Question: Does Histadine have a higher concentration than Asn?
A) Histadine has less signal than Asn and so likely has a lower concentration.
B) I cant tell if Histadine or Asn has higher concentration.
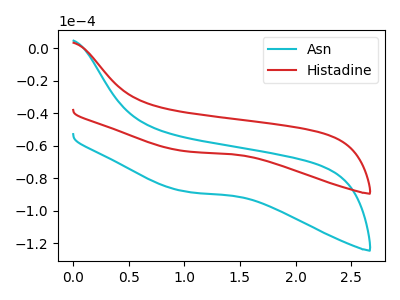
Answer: <think>The cyan curve "Asn" has no peaks. The red curve "Histadine" has no peaks.
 Neither "Histadine" or "Asn" have any peaks.</think>
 <answer>B) I cant tell if "Histadine" or "Asn" has higher concentration.</answer>
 <eval>B</eval>